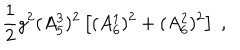
\frac { 1 } { 2 } g ^ { 2 } ( A _ { 5 } ^ { 3 } ) ^ { 2 } \left[ ( A _ { 6 } ^ { 1 } ) ^ { 2 } + ( A _ { 6 } ^ { 2 } ) ^ { 2 } \right] \; ,